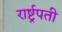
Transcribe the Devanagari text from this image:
रार्ष्ट्रपती